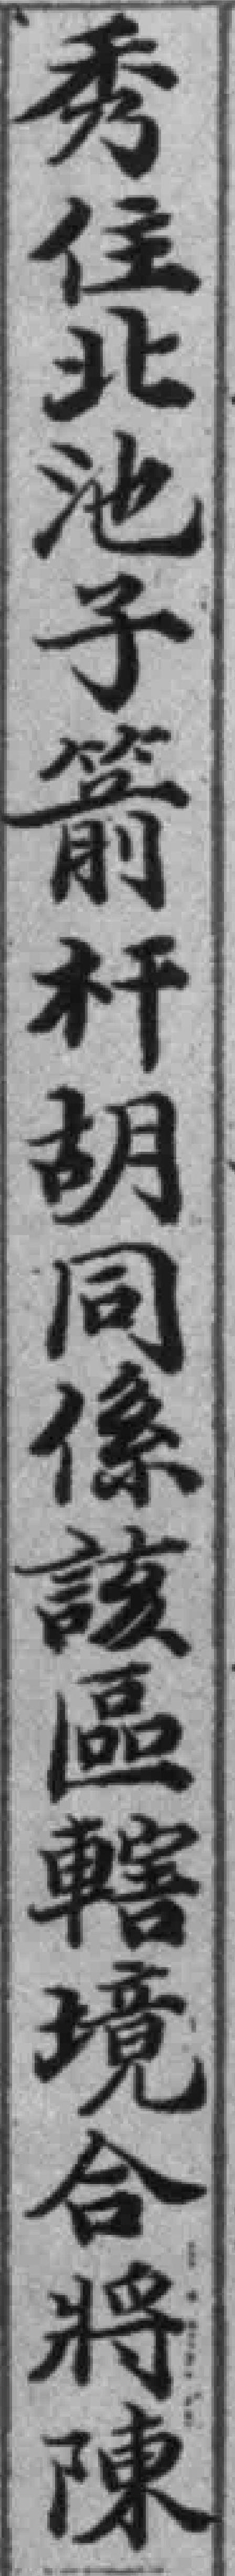
秀住北池子箭杆胡同係該區轄境合將陳